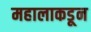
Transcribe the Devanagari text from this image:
महालाकडून